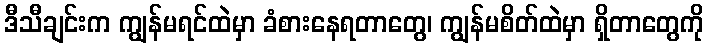
ဒီသီချင်းက ကျွန်မရင်ထဲမှာ ခံစားနေရတာတွေ၊ ကျွန်မစိတ်ထဲမှာ ရှိတာတွေကို